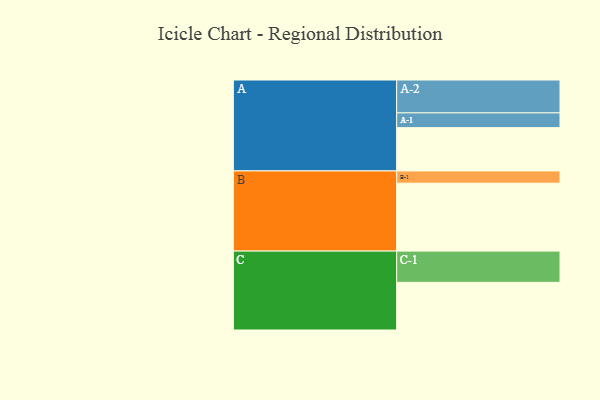
{"axis": {"x": "Segment", "y": "Value"}, "legend": ["", "A", "B", "C"], "data": [{"x": "A", "y": 378, "type": ""}, {"x": "B", "y": 593, "type": ""}, {"x": "C", "y": 416, "type": ""}, {"x": "A-1", "y": 129, "type": "A"}, {"x": "A-2", "y": 287, "type": "A"}, {"x": "B-1", "y": 107, "type": "B"}, {"x": "C-1", "y": 273, "type": "C"}]}